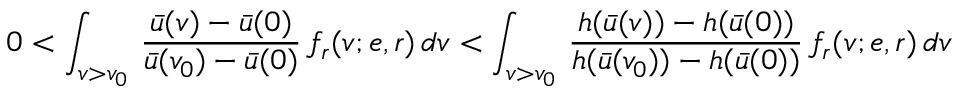
0 < \int _ { v > v _ { 0 } } \, \frac { \bar { u } ( v ) - \bar { u } ( 0 ) } { \bar { u } ( v _ { 0 } ) - \bar { u } ( 0 ) } \, f _ { r } ( v ; e , r ) \, d v < \int _ { v > v _ { 0 } } \, \frac { h ( \bar { u } ( v ) ) - h ( \bar { u } ( 0 ) ) } { h ( \bar { u } ( v _ { 0 } ) ) - h ( \bar { u } ( 0 ) ) } \, f _ { r } ( v ; e , r ) \, d v